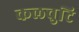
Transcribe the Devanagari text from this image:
कलचुटि